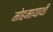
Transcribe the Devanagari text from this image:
मोहमायाथी